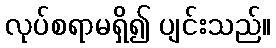
လုပ်စရာမရှိ၍ ပျင်းသည်။